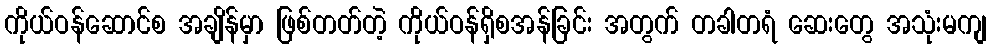
ကိုယ်ဝန်ဆောင်စ အချိန်မှာ ဖြစ်တတ်တဲ့ ကိုယ်ဝန်ရှိစအန်ခြင်း အတွက် တခါတရံ ဆေးတွေ အသုံးမကျ